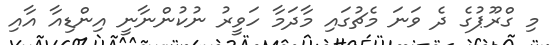
މި ގްރޫޕުގެ ދެ ވަނަ މެޗުގައި މާދަމާ ހަވީރު ނުކުންނާނީ އިންޑިއާ އާއި